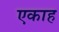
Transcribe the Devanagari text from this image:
एकाह